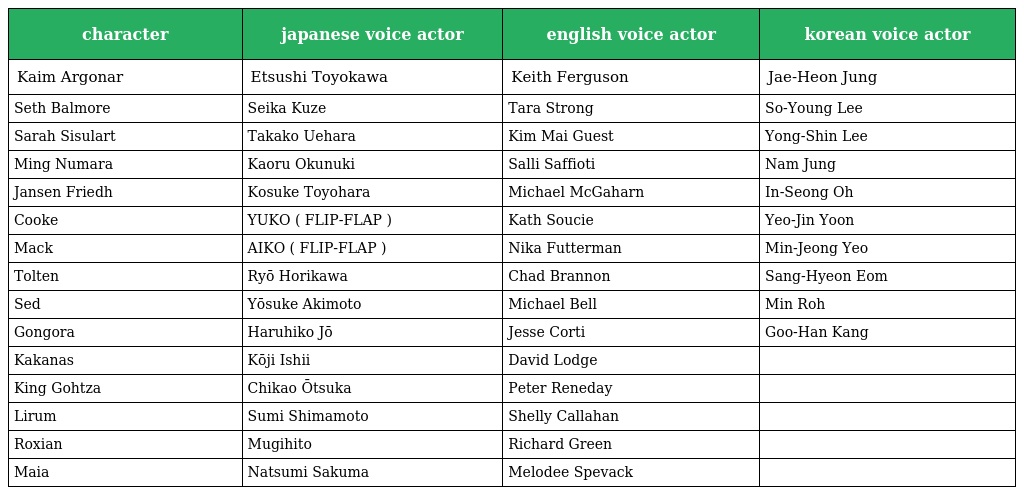
| character | japanese voice actor | english voice actor | korean voice actor |
 | --- | --- | --- | --- |
 | Kaim Argonar | Etsushi Toyokawa | Keith Ferguson | Jae-Heon Jung |
 | Seth Balmore | Seika Kuze | Tara Strong | So-Young Lee |
 | Sarah Sisulart | Takako Uehara | Kim Mai Guest | Yong-Shin Lee |
 | Ming Numara | Kaoru Okunuki | Salli Saffioti | Nam Jung |
 | Jansen Friedh | Kosuke Toyohara | Michael McGaharn | In-Seong Oh |
 | Cooke | YUKO ( FLIP-FLAP ) | Kath Soucie | Yeo-Jin Yoon |
 | Mack | AIKO ( FLIP-FLAP ) | Nika Futterman | Min-Jeong Yeo |
 | Tolten | Ryō Horikawa | Chad Brannon | Sang-Hyeon Eom |
 | Sed | Yōsuke Akimoto | Michael Bell | Min Roh |
 | Gongora | Haruhiko Jō | Jesse Corti | Goo-Han Kang |
 | Kakanas | Kōji Ishii | David Lodge |  |
 | King Gohtza | Chikao Ōtsuka | Peter Reneday |  |
 | Lirum | Sumi Shimamoto | Shelly Callahan |  |
 | Roxian | Mugihito | Richard Green |  |
 | Maia | Natsumi Sakuma | Melodee Spevack |  |